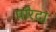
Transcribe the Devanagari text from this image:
परिदा